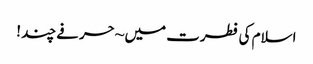
اسلام کی فطرت میں ~ حرفے چند !